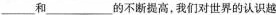
____和___的不断提高，我们对世界的认识越